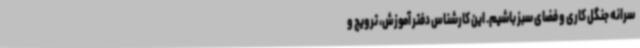
سرانه جنگل کاری و فضای سبز باشیم. این کارشناس دفتر آموزش، ترویج و